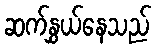
ဆက်နွှယ်နေသည်